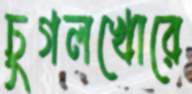
চুগলখোরে